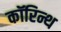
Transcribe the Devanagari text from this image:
कॉरिन्थ